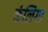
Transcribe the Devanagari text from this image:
कंलिगा